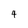
Character: 4